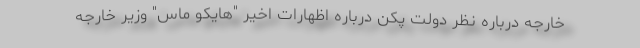
خارجه درباره نظر دولت پکن درباره اظهارات اخیر "هایکو ماس" وزیر خارجه